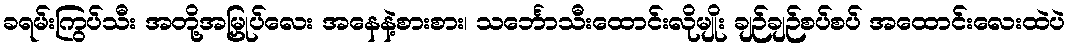
ခရမ်းကြွပ်သီး အတို့အမြှုပ်လေး အနေနဲ့စားစား၊ သင်္ဘောသီးထောင်းလိုမျိုး ချဉ်ချဉ်စပ်စပ် အထောင်းလေးထဲပဲ